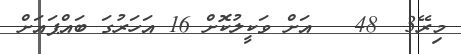
މިރޭ3  48   އަށް ވަކީލުކޮށް 16 އަހަރުގަ ބައްޕައަށް